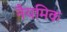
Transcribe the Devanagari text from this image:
नैयमिक